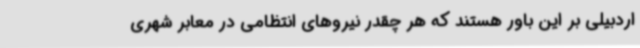
اردبیلی بر این باور هستند که هر چقدر نیروهای انتظامی در معابر شهری